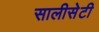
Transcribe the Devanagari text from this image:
सालीसेटी